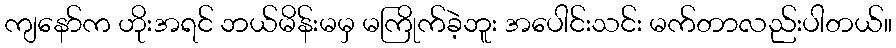
ကျနော်က ဟိုးအရင် ဘယ်မိန်းမမှ မကြိုက်ခဲ့ဘူး အပေါင်းသင်း မက်တာလည်းပါတယ်။